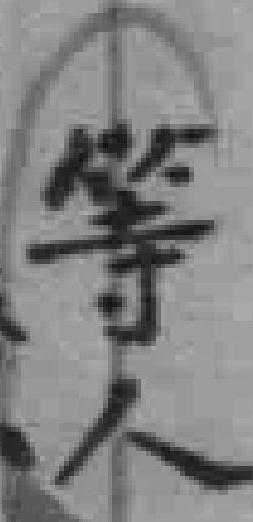
等人